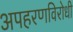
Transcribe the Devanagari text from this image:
अपहरणविरोधी